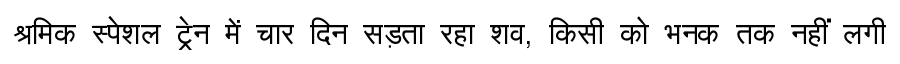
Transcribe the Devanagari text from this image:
श्रमिक स्पेशल ट्रेन में चार दिन सड़ता रहा शव, किसी को भनक तक नहीं लगी